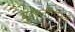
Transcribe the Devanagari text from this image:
युद्धनीतीमुळे